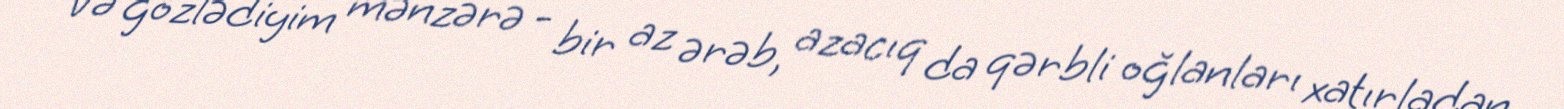
Və gözlədiyim mənzərə - bir az ərəb, azacıq da qərbli oğlanları xatırladan,